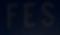
FES